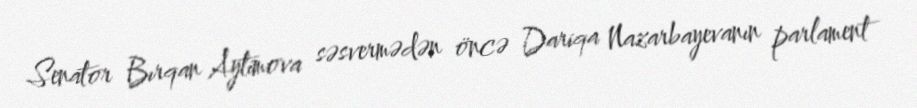
Senator Bırqan Aytimova səsvermədən öncə Dariqa Nazarbayevanın parlament